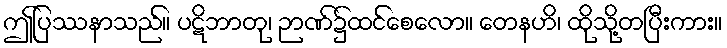
ဤပြဿနာသည်။ ပဋိဘာတု၊ ဉာဏ်၌ထင်စေလော။ တေနဟိ၊ ထိုသို့တပြီးကား။